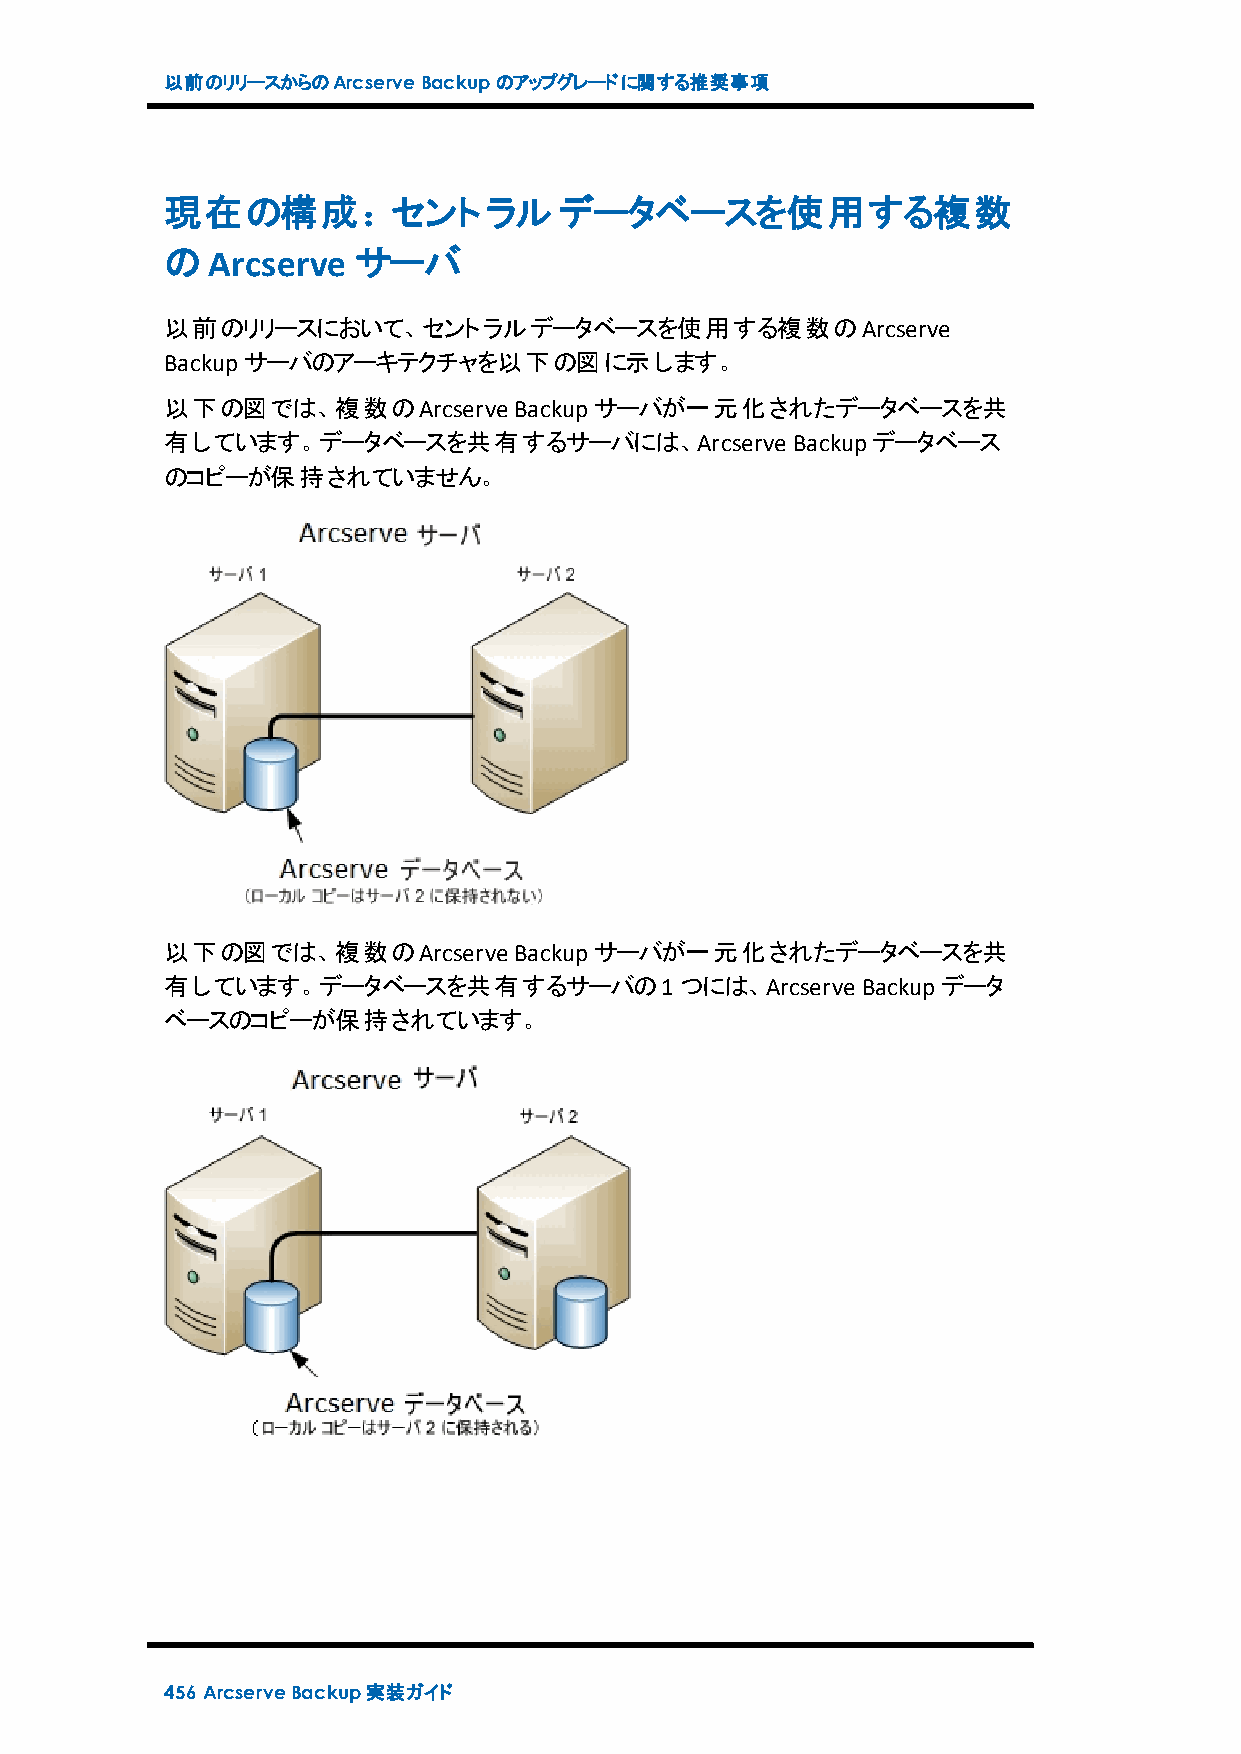
以前のリリースからのArcserveBackupのアップグレードに関する推奨事項
 現在の構成：セントラルデータベースを使用する複数
 のArcserve   サーバ
 以前のリリースにおいて、セントラルデータベースを使用する複数のArcserve
 Backupサーバのアーキテクチャを以下の図に示します。
 以下の図では、複数のArcserve     Backupサーバが一元化されたデータベースを共
 有しています。データベースを共有するサーバには、Arcserve         Backupデータベース
 のコピーが保持されていません。
 以下の図では、複数のArcserve     Backupサーバが一元化されたデータベースを共
 有しています。データベースを共有するサーバの1つには、Arcserve           Backupデータ
 ベースのコピーが保持されています。
 456 ArcserveBackup実装ガイド